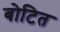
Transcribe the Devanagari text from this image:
बोटित